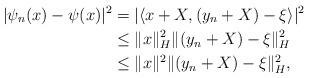
LaTeX: \begin{align*}|\psi_n(x)-\psi(x)|^2&=|\langle x+X,(y_n+X)-\xi\rangle|^2\\&\leq \|x\|^2_H\|(y_n+X)-\xi\|^2_H\\&\leq \|x\|^2\|(y_n+X)-\xi\|^2_H,\end{align*}